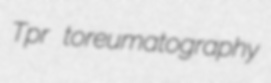
Tpr toreumatography